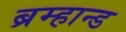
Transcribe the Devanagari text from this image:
ब्रम्हान्ड